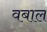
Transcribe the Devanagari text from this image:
वबाल